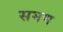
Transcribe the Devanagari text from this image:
समण